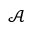
\mathcal { A }